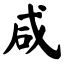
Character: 咸